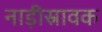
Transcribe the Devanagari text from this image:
नाड़ीस्रावक